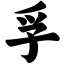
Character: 孚